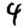
Digit: 4